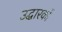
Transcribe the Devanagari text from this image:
उद्धारकों